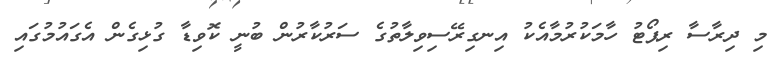
މި ދިރާސާ ރިޕޯޓުު ހާމަކުރުމާއެކު އިނގިރޭސިވިލާތުގެ ސަރުކާރުން ބުނީ ކޮވިޑާ ގުޅިގެން އެގައުމުގައި